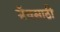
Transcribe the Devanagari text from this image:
मॅचसाठी